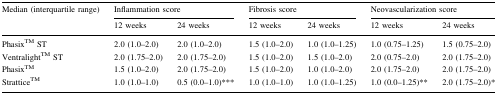
<table><thead><tr><td><b>Median (interquartile range)</b></td><td colspan="2"><b>Inflammation score</b></td><td colspan="2"><b>Fibrosis score</b></td><td colspan="2"><b>Neovascularization score</b></td></tr><tr><td></td><td><b>12 weeks</b></td><td><b>24 weeks</b></td><td><b>12 weeks</b></td><td><b>24 weeks</b></td><td><b>12 weeks</b></td><td><b>24 weeks</b></td></tr></thead><tbody><tr><td>PhasixTM ST</td><td>2.0 (1.0–2.0)</td><td>2.0 (1.0–2.0)</td><td>1.5 (1.0–2.0)</td><td>1.0 (1.0–1.25)</td><td>1.0 (0.75–1.25)</td><td>1.5 (0.75–2.0)</td></tr><tr><td>VentralightTM ST</td><td>2.0 (1.75–2.0)</td><td>2.0 (1.75–2.0)</td><td>1.5 (1.0–2.0)</td><td>1.5 (1.0–2.0)</td><td>2.0 (0.75–2.0)</td><td>2.0 (1.75–2.0)</td></tr><tr><td>PhasixTM</td><td>1.5 (1.0–2.0)</td><td>2.0 (1.75–2.0)</td><td>1.5 (1.0–2.0)</td><td>1.0 (1.0–2.0)</td><td>2.0 (1.75–2.0)</td><td>2.0 (1.75–2.0)</td></tr><tr><td>StratticeTM</td><td>1.0 (1.0–1.0)</td><td>0.5 (0.0–1.0)*** </td><td>1.0 (1.0–1.0)</td><td>1.0 (1.0–1.25)</td><td>1.0 (0.0–1.25)** </td><td>2.0 (1.75–2.0)* </td></tr></tbody></table>